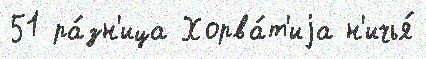
51 ра́зн'ица Хорва́т'иjа н'ичья́